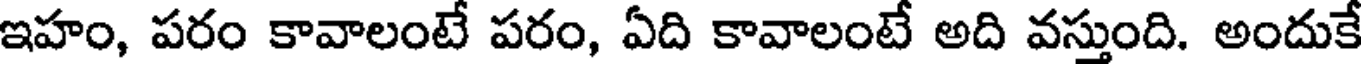
ఇహం, పరం కావాలంటే పరం, ఏది కావాలంటే అది వస్తుంది. అందుకే